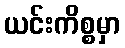
ယင်းကိစ္စမှာ